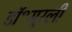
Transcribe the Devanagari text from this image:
डॉ॰मुरली